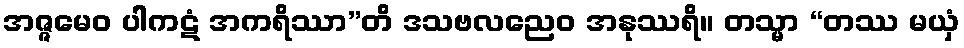
အဇ္ဇမေဝ ပါကဋံ အကရိဿာ”တိ ဒသဗလညေဝ အနုဿရိ။ တသ္မာ “တဿ မယှံ